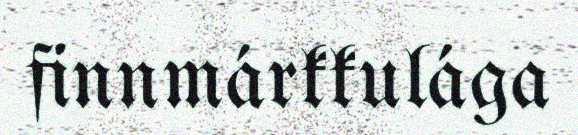
finnmárkkulága